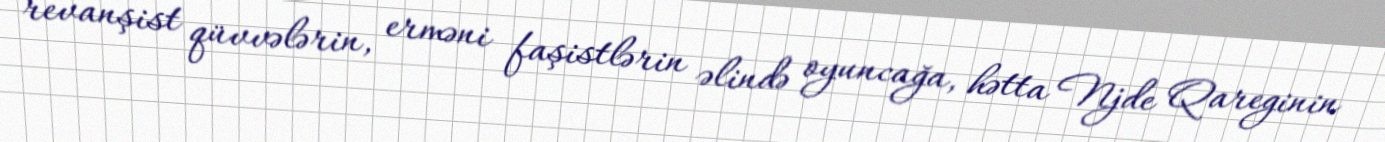
revanşist qüvvələrin, erməni faşistlərin əlində oyuncağa, hətta Njde Qareginin